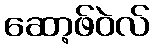
ဆော့ဖ်ဝဲလ်